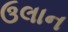
ઉલાન